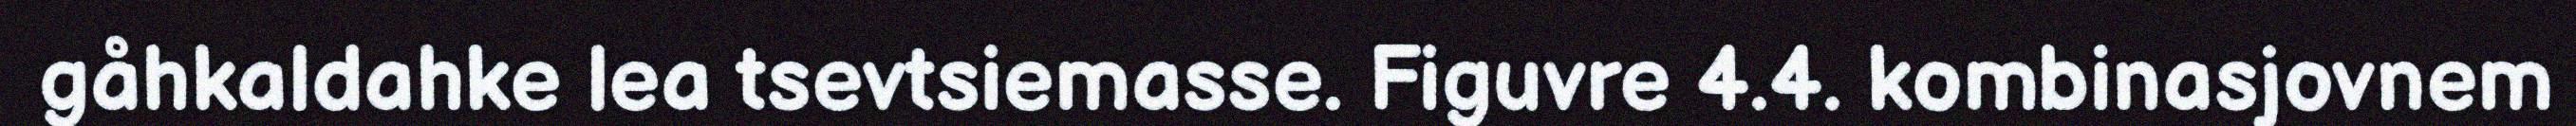
gåhkaldahke lea tsevtsiemasse. Figuvre 4.4. kombinasjovnem